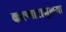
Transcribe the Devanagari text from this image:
करणारामुलगा